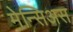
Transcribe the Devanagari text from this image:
मेन्सिअस